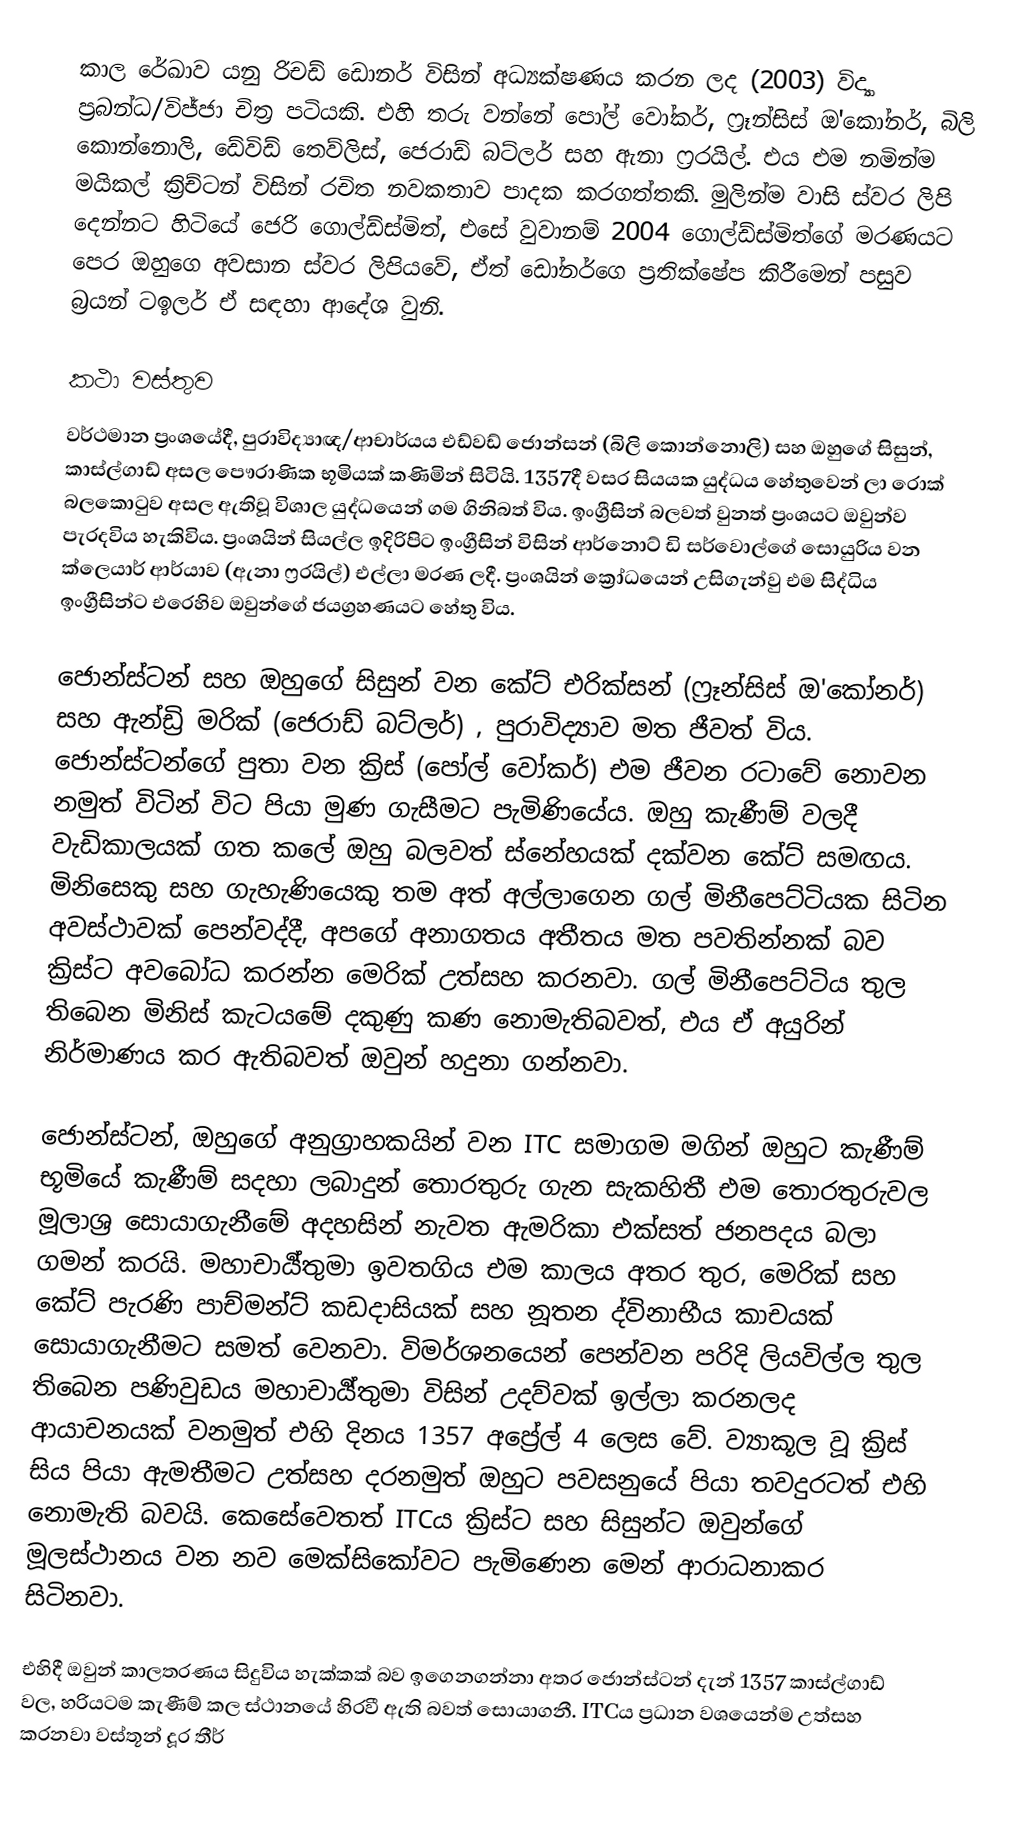
කාල රේඛාව යනු රිචඩ් ඩොනර් විසින් අධ්‍යක්ෂණය කරන ලද (2003) විද්‍යා ප්‍රබන්ධ/විජ්ජා චිත්‍ර පටියකි. එහි තරු වන්නේ පෝල් වෝකර්, ෆ්‍රෑන්සිස් ඔ'කෝනර්, බිලි කොන්නොලි, ඩේවිඩ් තෙව්ලිස්, ජෙරාඩ් බට්ලර් සහ ඇනා ෆ්‍රරයිල්. එය එම නමින්ම මයිකල් ක්‍රිච්ටන් විසින් රචිත නවකතාව පාදක කරගත්තකි. මුලින්ම වාසි ස්වර ලිපි දෙන්නට හිටියේ ජෙරි ගොල්ඩ්ස්මිත්, එසේ වුවානම් 2004 ගොල්ඩ්ස්මිත්ගේ මරණයට පෙර ඔහුගෙ අවසාන ස්වර ලිපියවේ, ඒත් ඩෝනර්ගෙ ප්‍රතික්ෂේප කිරීමෙන් පසුව බ්‍රයන් ටඉලර් ඒ සඳහා ආදේශ වුනි.

කථා වස්තුව
වර්ථමාන ප්‍රංශයේදී, පුරාවිද්‍යාඥ/ආචාර්යය එඩ්වඩ් ජොන්සන් (බිලි කොන්නොලි) සහ ඔහුගේ සිසුන්, කාස්ල්ගාඩ් අසල පෞරාණික භූමියක් කණිමින් සිටියි. 1357දී වසර සියයක යුද්ධය හේතුවෙන් ලා රොක් බලකොටුව අසල ඇතිවූ විශාල යුද්ධයෙන් ගම ගිනිබත් විය. ඉංග්‍රීසින් බලවත් වුනත් ප්‍රංශයට ඔවුන්ව පැරදවිය හැකිවිය. ප්‍රංශයින් සියල්ල ඉදිරිපිට ඉංග්‍රීසින් විසින් ආර්නොට් ඩි සර්වොල්ගේ සොයුරිය වන ක්ලෙයාර් ආර්යාව (ඇනා ෆ්‍රරයිල්) එල්ලා මරණ ලදී. ප්‍රංශයින් ක්‍රෝධයෙන් උසිගැන්වු එම සිද්ධිය ඉංග්‍රීසින්ට එරෙහිව ඔවුන්ගේ ජයග්‍රහණයට හේතු විය.

ජොන්ස්ටන් සහ ඔහුගේ සිසුන් වන කේට් එරික්සන් (ෆ්‍රෑන්සිස් ඔ'කෝනර්) සහ ඇන්ඩ්‍රි මරික් (ජෙරාඩ් බට්ලර්) , පුරාවිද්‍යාව මත ජීවත් විය. ජොන්ස්ටන්ගේ පුතා වන ක්‍රිස් (පෝල් වෝකර්) එම ජීවන රටාවේ නොවන නමුත් විටින් විට පියා මුණ ගැසීමට පැමිණියේය. ඔහු කැණීම් වලදී වැඩිකාලයක් ගත කලේ ඔහු බලවත් ස්නේහයක් දක්වන කේට් සමඟය. මිනිසෙකු සහ ගැහැණියෙකු තම අත් අල්ලාගෙන ගල් මිනීපෙට්ටියක සිටින අවස්ථාවක් පෙන්වද්දී, අපගේ අනාගතය අතීතය මත පවතින්නක් බව ක්‍රිස්ට අවබෝධ කරන්න මෙරික් උත්සහ කරනවා. ගල් මිනීපෙට්ටිය තුල තිබෙන මිනිස් කැටයමේ දකුණු කණ නොමැතිබවත්, එය ඒ අයුරින් නිර්මාණය කර ඇතිබවත් ඔවුන් හදුනා ගන්නවා.

ජොන්ස්ටන්, ඔහුගේ අනුග්‍රාහකයින් වන ITC සමාගම මගින් ඔහුට කැණීම් භූමියේ කැණීම් සදහා ලබාදුන් තොරතුරු ගැන සැකහිතී එම තොරතුරුවල මූලාශ්‍ර සොයාගැනීමේ අදහසින් නැවත ඇමරිකා එක්සත් ජනපදය බලා ගමන් කරයි. මහාචාර්‍ය්තුමා ඉවතගිය එම කාලය අතර තුර, මෙරික් සහ කේට් පැරණි පාච්මන්ට් කඩදාසියක් සහ නූතන ද්විනාභීය කාචයක් සොයාගැනීමට සමත් වෙනවා. විමර්ශනයෙන් පෙන්වන පරිදි ලියවිල්ල තුල තිබෙන පණිවුඩය මහාචාර්‍ය්තුමා විසින් උදව්වක් ඉල්ලා කරනලද ආයාචනයක් වනමුත් එහි දිනය 1357 අප්‍රේල් 4 ලෙස වේ. ව්‍යාකූල වූ ක්‍රිස් සිය පියා ඇමතීමට උත්සහ දරනමුත් ඔහුට පවසනුයේ පියා තවදුරටත් එහි නොමැති බවයි. කෙසේවෙතත් ITCය ක්‍රිස්ට සහ සිසුන්ට ඔවුන්ගේ මූලස්ථානය වන නව මෙක්සිකෝවට පැමිණෙන මෙන් ආරාධනාකර සිටිනවා.

එහිදී ඔවුන් කාලතරණය සිදුවිය හැක්කක් බව ඉගෙනගන්නා අතර ජොන්ස්ටන් දැන් 1357 කාස්ල්ගාඩ් වල, හරියටම කැණීම් කල ස්ථානයේ හිරවී ඇති බවත් සොයාගනී. ITCය ප්‍රධාන වශයෙන්ම උත්සහ කරනවා වස්තූන් දූර තීර්